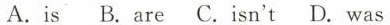
A. is B. are C. isn't D. was